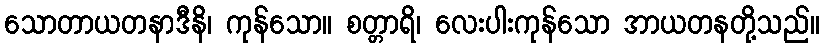
သောတာယတနာဒီနိ၊ ကုန်သော။ စတ္တာရိ၊ လေးပါးကုန်သော အာယတနတို့သည်။